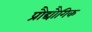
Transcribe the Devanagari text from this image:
प्रौद्यौगिक